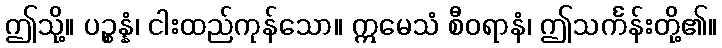
ဤသို့။ ပဉ္စန္နံ၊ ငါးထည်ကုန်သော။ ဣမေသံ စီဝရာနံ၊ ဤသင်္ကန်းတို့၏။